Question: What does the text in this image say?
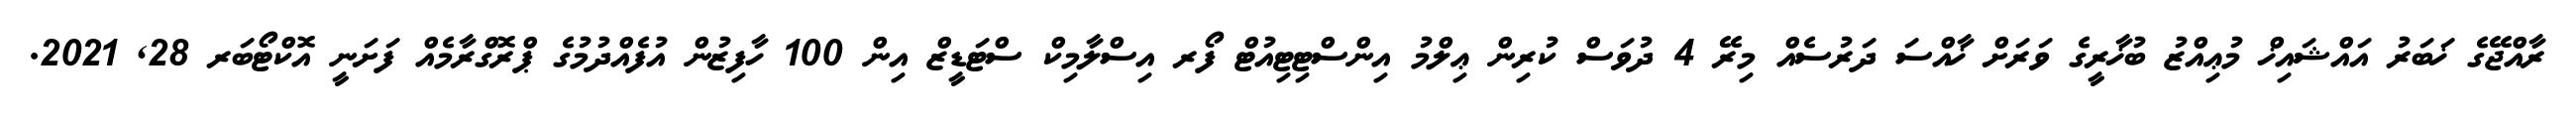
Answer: ރާއްޖޭގެ ޚަބަރު އައްޝައިޚް މުޢިއްޒު ބުޚާރީގެ ވަރަށް ޚާއްސަ ދަރުސެއް މިރޭ 4 ދުވަސް ކުރިން ޢިލްމު އިންސްޓިޓިއުޓް ފޯރ އިސްލާމިކް ސްޓަޑީޒް އިން 100 ހާފިޒުން އުފެއްދުމުގެ ޕްރޮގްރާމެއް ފަށަނީ އޮކްޓޯބަރ 28, 2021.